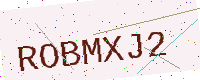
Text: ROBMXJ2